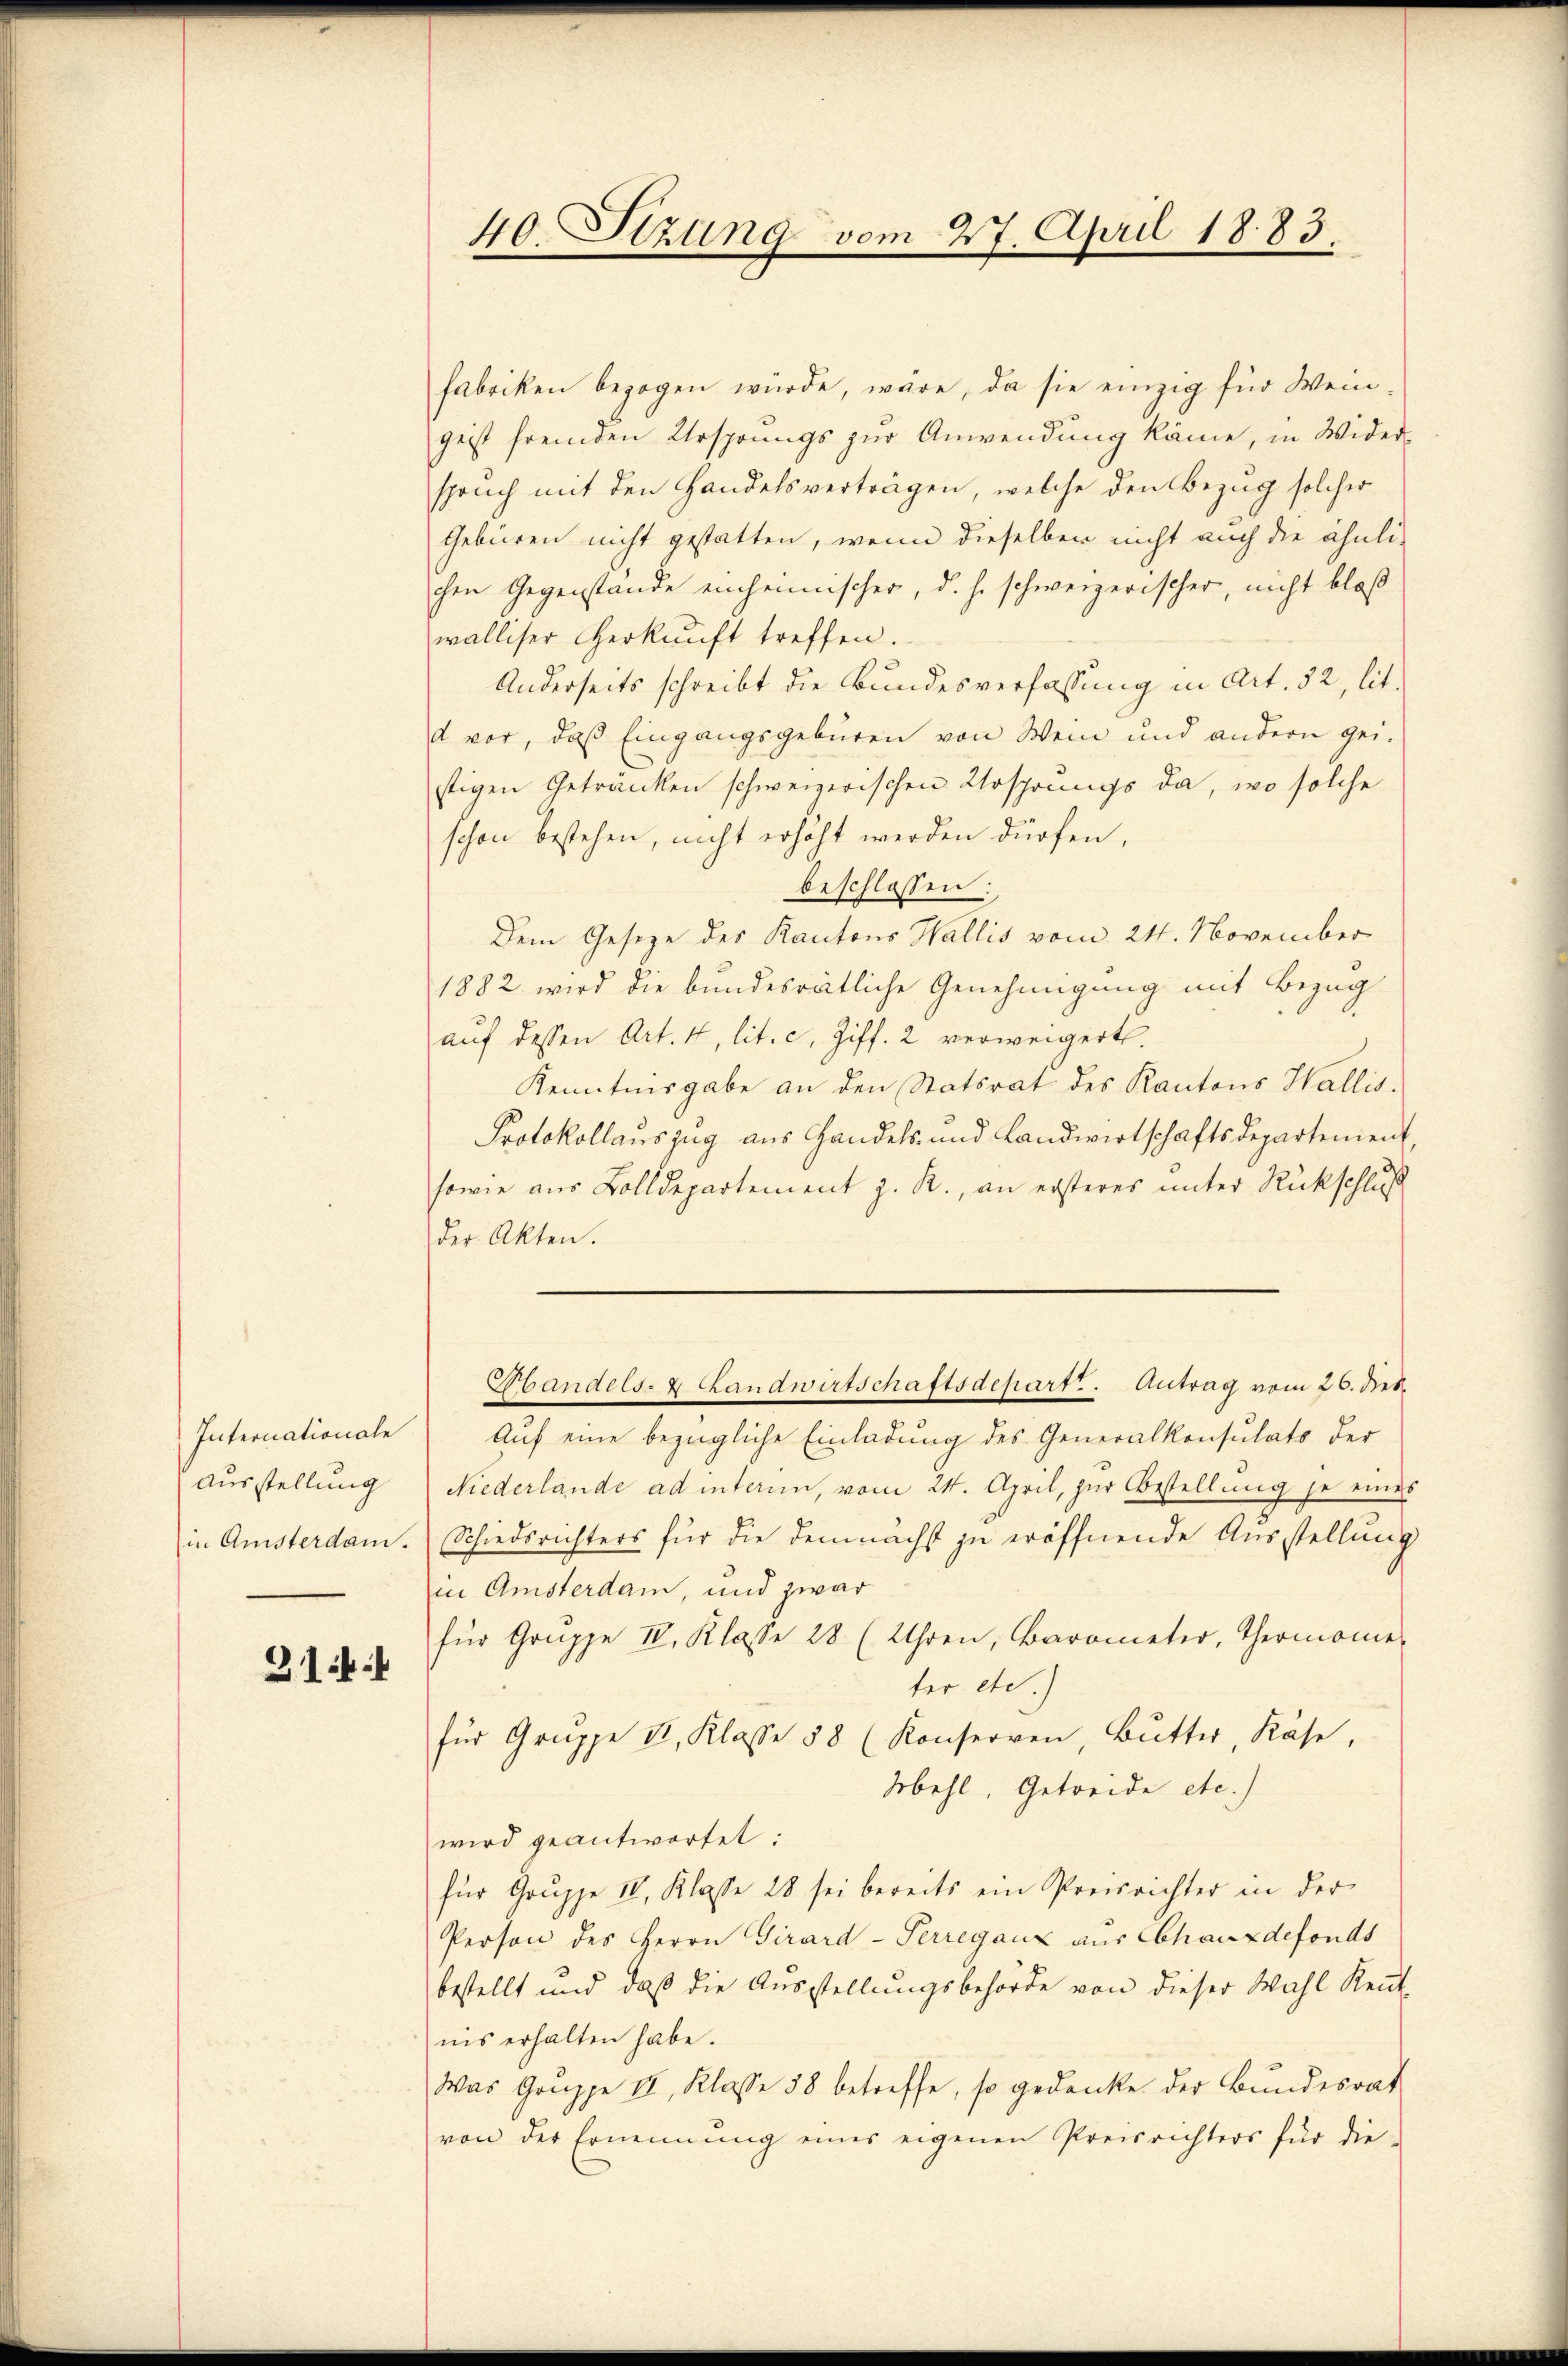
Internationale
Ausstellung
in Ansterdam.

31

40. Stzung vom 27. April 1883.

fabriken bezogen würde, wäre, da sie einzig für Weingeist fremden Ursprungs zur Anwendung käme, in Widerspruch mit den Handelsverträgen, welche den Bezug solcher
Gebüren nicht gestatten, wenn dieselben nicht auch die ähnli-
chen Gegenstände einheimischer, d. h. schweizerischer, nicht bloß
walliser Herkunft treffen.
Anderseits schreibt die Bundesverfassung in Art. 52, lit.
d vor, daß Eingangsgebüren von Wein und andern gei-
stigen Getranken schweizerischen Ursprungs da, wo solche
schon bestehen, nicht erhöht werden dürfen,
beschlossen:
Dem Gesetze des Kantons Wallis vom 24. November
1882 wird die bundesrätliche Genehmigung mit Bezug
aŭf dessen Art. 4, lit. c. Ziff. 2 verweigert.
Kenntnisgabe an den Statsrat des Kantons Wallis.
Protokollauszug aus Handels- und Landwirtschaftsdepartement,
sowie aus Bolldepartement z. R., an ersteres unter Rückschluß
der Akten.
Gbandels- & Landwirtschaftsdepart. Antrag vom 26. dies.
Auf eine bezügliche Einladung des Generalkonsulats der
Niederlande ad interin, vom 24. April, zur Bestellung je eines
Schiedsrichters für die demnächst zu eröffnende Ausstellung
in Amsterdam, und zwar
für Gruppe II. Klasse 28 (Uhren, Barometer, Thermonier
ter etc.)
für Gruppe II. Klasse 58 (Konserven, Butter, Käse,
Mehl, Getreide etc.)
wird geantwortet:
für Gruppe II. Klasse 28 sei bereits ein Preisrichter in der
Person des Herrn Girard-Perreganz aus Chauxdefonds
bestellt und daß die Ausstellungsbehörde von dieser Wahl Kent-
nis erhalten habe.
Was Gruppe II. Klasse 58 betreffe, so gedanke der Bŭndesrat
von der Ernennung eines eigenen Preisrichters für die-